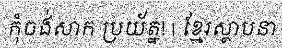
កុំចង់សាក ប្រយ័ត្ន! | ខ្មែរស្ថាបនា